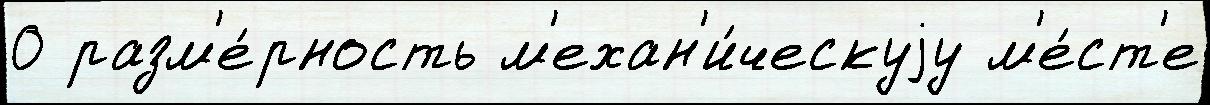
0 разм'е́рность м'ехан'и́ческуjу м'е́ст'е